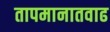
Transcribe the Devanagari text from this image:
तापमानातवाढ